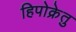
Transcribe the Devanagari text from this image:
हिपोक्रेतु